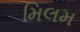
મિલમ